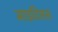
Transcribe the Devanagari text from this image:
माइटिलस